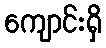
ကျောင်းရှိ